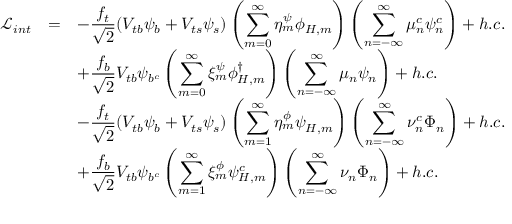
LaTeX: \begin{array} { r c l } { { \mathcal { L } _ { i n t } } } & { { = } } & { { \displaystyle - \frac { f _ { t } } { \sqrt { 2 } } ( V _ { t b } \psi _ { b } + V _ { t s } \psi _ { s } ) \left( \displaystyle \sum _ { m = 0 } ^ { \infty } \eta _ { m } ^ { \psi } \phi _ { H , m } \right) \left( \displaystyle \sum _ { n = - \infty } ^ { \infty } \mu _ { n } ^ { c } \psi _ { n } ^ { c } \right) + h . c . } } \\ { { } } & { { } } & { { \displaystyle + \frac { f _ { b } } { \sqrt { 2 } } V _ { t b } \psi _ { b ^ { c } } \left( \displaystyle \sum _ { m = 0 } ^ { \infty } \xi _ { m } ^ { \psi } \phi _ { H , m } ^ { \dagger } \right) \left( \displaystyle \sum _ { n = - \infty } ^ { \infty } \mu _ { n } \psi _ { n } \right) + h . c . } } \\ { { } } & { { } } & { { \displaystyle - \frac { f _ { t } } { \sqrt { 2 } } ( V _ { t b } \psi _ { b } + V _ { t s } \psi _ { s } ) \left( \displaystyle \sum _ { m = 1 } ^ { \infty } \eta _ { m } ^ { \phi } \psi _ { H , m } \right) \left( \displaystyle \sum _ { n = - \infty } ^ { \infty } \nu _ { n } ^ { c } \Phi _ { n } \right) + h . c . } } \\ { { } } & { { } } & { { \displaystyle + \frac { f _ { b } } { \sqrt { 2 } } V _ { t b } \psi _ { b ^ { c } } \left( \displaystyle \sum _ { m = 1 } ^ { \infty } \xi _ { m } ^ { \phi } \psi _ { H , m } ^ { c } \right) \left( \displaystyle \sum _ { n = - \infty } ^ { \infty } \nu _ { n } \Phi _ { n } \right) + h . c . } } \end{array}